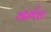
આમોસ